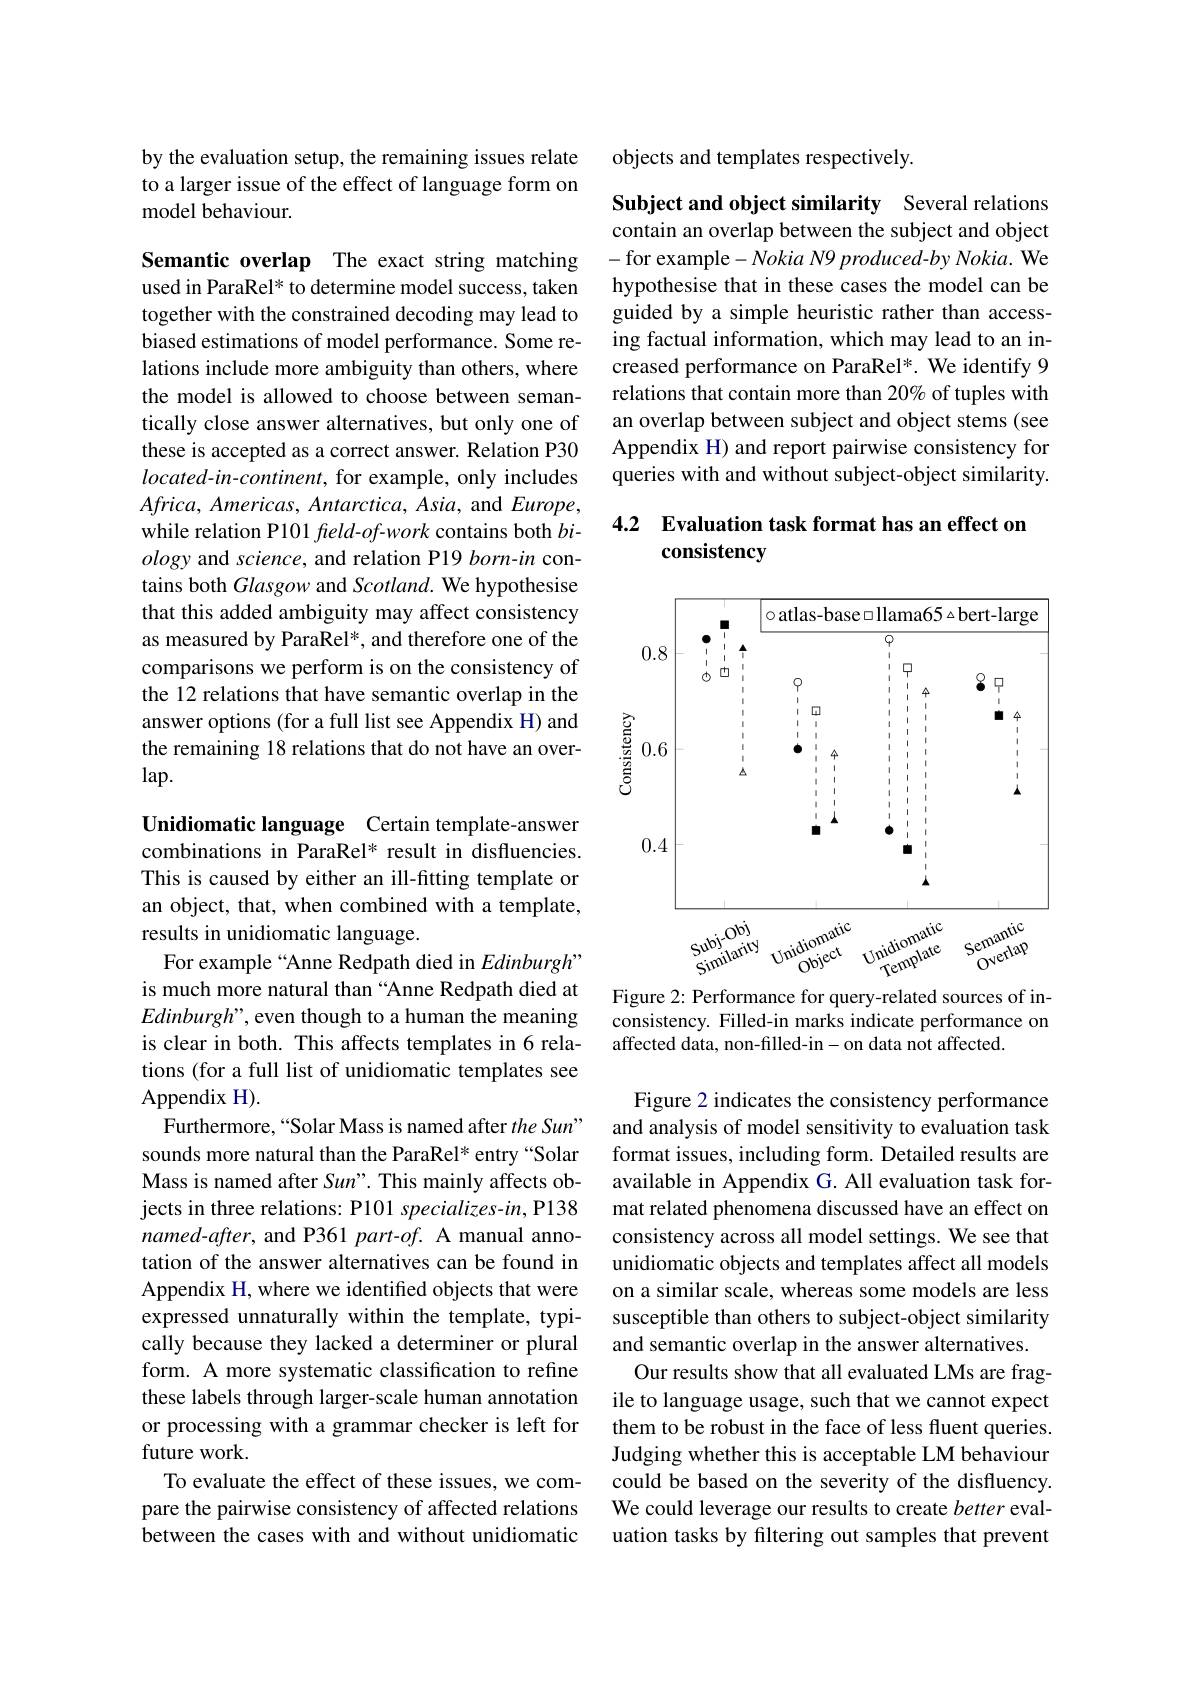
by the evaluation setup, the remaining issues relate to a larger issue of the effect of language form on model behaviour.

Semantic overlap The exact string matching used in ParaRel* to determine model success, taken together with the constrained decoding may lead to biased estimations of model performance. Some relations include more ambiguity than others, where the model is allowed to choose between semantically close answer alternatives, but only one of these is accepted as a correct answer. Relation P30 $located-in-continent$, for example, only includes $Africa,Americas,Antarctica,Asia$, and $Europe$, while relation P101 freld-of-work contains both $bi$- ology and science, and relation P19 born-in contains both Glasgow and Scotland. We hypothesise that this added ambiguity may affect consistency as measured by ParaRel*, and therefore one of the comparisons we perform is on the consistency of the 12 relations that have semantic overlap in the answer options (for a full list see Appendix H) and the remaining 18 relations that do not have an over- $lap.$

Unidiomatic language Certain template-answer combinations in ParaRel* result in disfluencies. This is caused by either an ill-fitting template or an object, that, when combined with a template, results in unidiomatic language.
For example “Anne Redpath died in Edinburgh” is much more natural than “Anne Redpath died at Edinburgh", even though to a human the meaning is clear in both. This affects templates in 6 relations (for a full list of unidiomatic templates see Appendix H).
Furthermore,“Solar Mass is named after the Sun" sounds more natural than the ParaRel* entry “Solar Mass is named after Sun". This mainly affects objects in three relations: P101 specializes-in, P138 $named-after$, and P361 part-of. A manual annotation of the answer alternatives can be found in Appendix H, where we identified objects that were expressed unnaturally within the template, typically because they lacked a determiner or plural form. A more systematic classification to refine these labels through larger-scale human annotation or processing with a grammar checker is left for future work.
To evaluate the effect of these issues, we compare the pairwise consistency of affected relations between the cases with and without unidiomatic

objects and templates respectively.

Subject and object similarity Several relations contain an overlap between the subject and object - for example$- NokiaN9\textit{produced- by Nokia. We}$ hypothesise that in these cases the model can be guided by a simple heuristic rather than accessing factual information, which may lead to an increased performance on ParaRel*. We identify 9 relations that contain more than 20% of tuples with an overlap between subject and object stems (see Appendix H) and report pairwise consistency for queries with and without subject-object similarity.

## 4.2 Evaluation task format has an effect on consistency

<FigureHere>

Figure 2: Performance for query-related sources of inconsistency. Filled-in marks indicate performance on affected data, non-filled-in- on data not affected.

Figure 2 indicates the consistency performance and analysis of model sensitivity to evaluation task format issues, including form. Detailed results are available in Appendix G. All evaluation task format related phenomena discussed have an effect on consistency across all model settings. We see that unidiomatic objects and templates affect all models on a similar scale, whereas some models are less susceptible than others to subject-object similarity and semantic overlap in the answer alternatives.
Our results show that all evaluated LMs are fragile to language usage, such that we cannot expect them to be robust in the face of less fluent queries. Judging whether this is acceptable LM behaviour could be based on the severity of the disfluency. We could leverage our results to create better evaluation tasks by filtering out samples that prevent